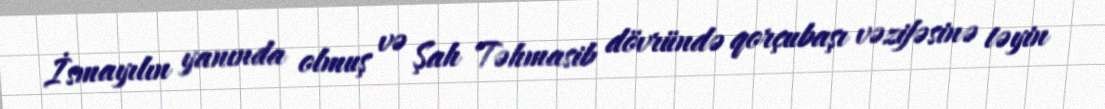
İsmayılın yanında olmuş və Şah Təhmasib dövründə qorçubaşı vəzifəsinə təyin